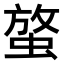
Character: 𧌱